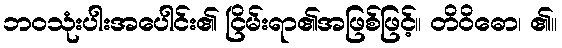
ဘဝသုံးပါးအပေါင်း၏ ငြိမ်းရာ၏အဖြစ်ဖြင့်။ တိဝိဓော၊ ၏။